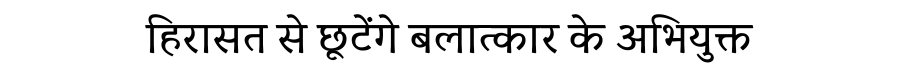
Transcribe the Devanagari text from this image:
हिरासत से छूटेंगे बलात्कार के अभियुक्त